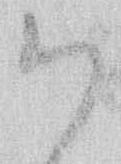
御